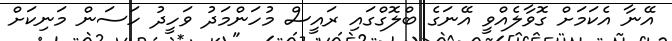
އޭނާ އެކަމަށް ގޮވާލެއްވީ އޭނަގެ ބްލޮގްގައި ރައީސް މުހަންމަދު ވަހީދު ހަސަން މަނިކަށް